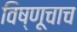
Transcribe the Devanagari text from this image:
विष्णूचाच